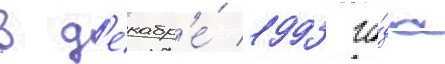
В д'екабр'е́ 1993 го́да